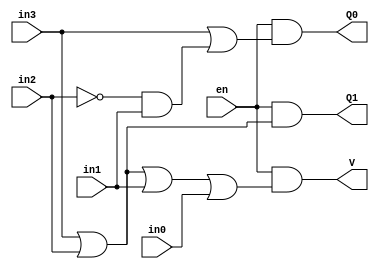
module encoder42(en,in3,in2,in1,in0,Q1,Q0,V);
  input en,in3,in2,in1,in0;
  output Q1,Q0,V;
  
  
  // Q1 = ( in3 + in2 ) en
  // Q0 = (in3 + ~in2in1 ) en 
  
  assign Q1 = (en) & (in3|in2);
  assign Q0 = (en) &( (in3) | ((~in2)&(in1)) ) ;
  assign V = (en) & ((in3) | (in2) | (in1) | (in0) ) ;
  
endmodule